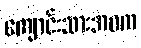
ကျောင်းသားဘဝက